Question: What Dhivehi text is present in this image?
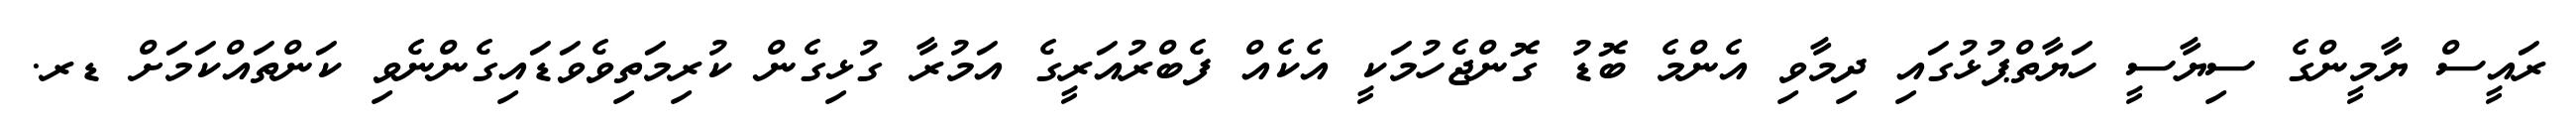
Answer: ރައީސް ޔާމީންގެ ސިޔާސީ ހަޔާތްޕުޅުގައި ދިމާވި އެންމެ ބޮޑު ގޮންޖެހުމަކީ އެކެއް ފެބްރުއަރީގެ އަމުރާ ގުޅިގެން ކުރިމަތިވެވަޑައިގެންނެވި ކަންތައްކަމަށް ޑރ.